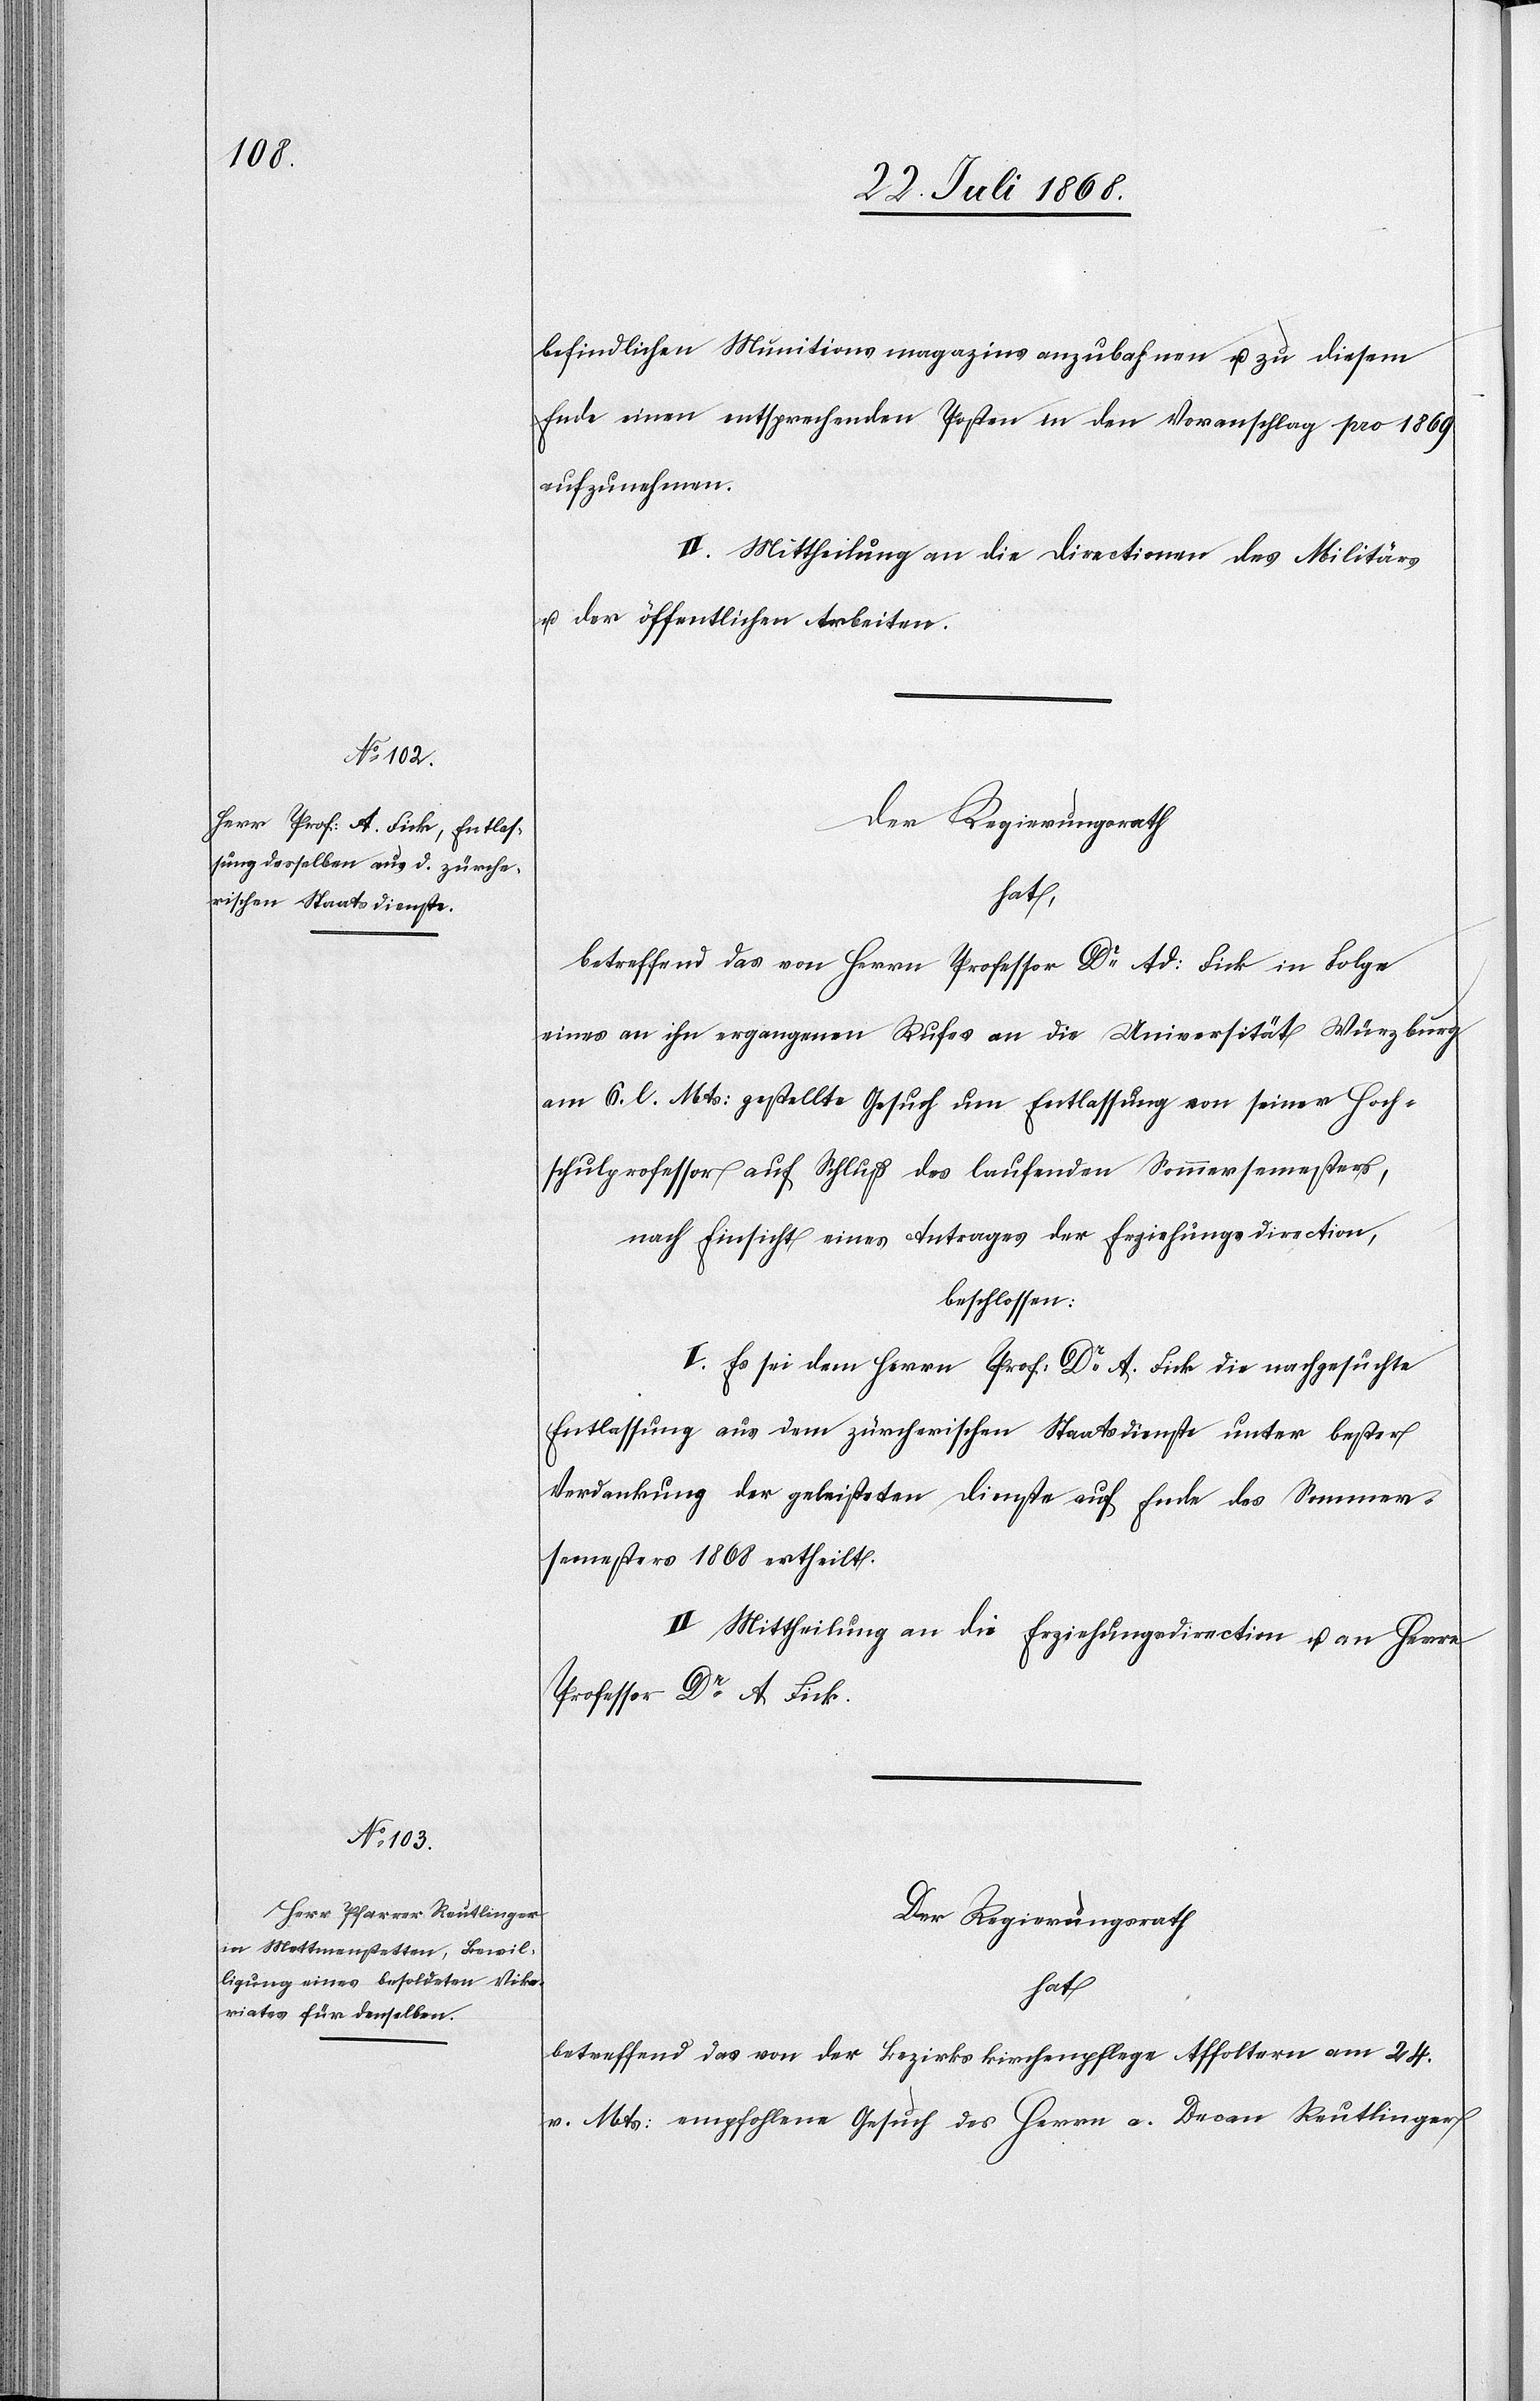
befindlichen Munitionsmagazins anzubahnen u. zu diesem
Ende einen entsprechenden Posten in den Voranschlag pro 1869
aufzunehmen.
II. Mittheilung an die Directionen des Militärs
u. der öffentlichen Arbeiten.
Der Regierungsrath
Hoch¬
betreffend das von Herrn Professor Dr Ad: Fick in Folge
eines an ihn ergangenen Rufes an die Universität Würzburg
am 6. l. Mts: gestellte Gesuch um Entlassung von seiner [Stelle
schulprofessor auf Schluß des laufenden Sommersemesters,
nach Einsicht eines Antrages der Erziehungsdirection,
beschlossen:
I. Es sei dem Herrn Prof. Dr A. Fick die nachgesuchte
Entlassung aus dem zürcherischen Staatsdienste unter bester
Verdankung der geleisteten Dienste auf Ende des Sommer¬
semesters 1868 ertheilt.
II. Mittheilung an die Erziehungsdirection u. an Herrn
Professor Dr A. Fick.
Der Regierungsrath
hat
betreffend das von der Bezirkskirchenpflege Affoltern am 24.
v. Mts: empfohlene Gesuch des Herrn a. Decan Reutlinger